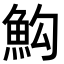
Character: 𩵻